Indian journal of veterinary science and animal husbandry - Volume 3,
Year: 1933
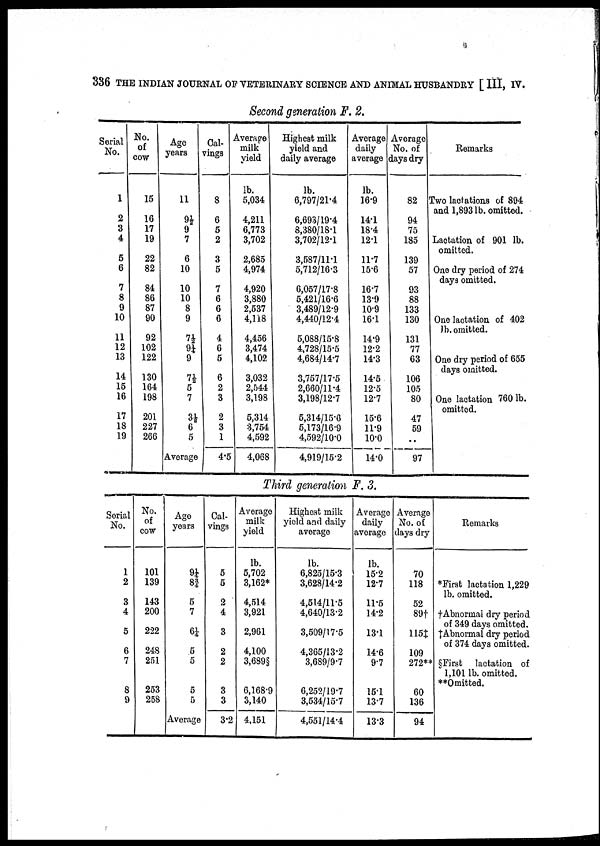
336 THE INDIAN JOURNAL OF VETERINARY SCIENCE AND ANIMAL HUSBANDRY [ III, IV.
Second generation F. 2.
Serial
No.
1
2
3
4
5
6
7
8
9
10
11
12
13
14
15
16
17
18
19
No.
of
cow
15
16
17
19
22
82
84
86
87
90
92
102
122
130
164
198
201
227
266
Age
years
11
9½
9
7
6
10
10
10
8
9
7½
9¼
9
7½ 5
7
3½
6
5
Average
Cal-
vings
8
6
5
2
3
5
7
6
6
6
4
6
5
6
2
3
2
3
1
4.5
Average
milk
yield
lb.
5,034
4,211
6,773
3,702
2,685
4,974
4,920
3,880
2,537
4,118
4,456
3,474
4,102
3,032
2,544
3,198
5,314
3,754
4,592
4,068
Highest milk
yield and
daily average
lb.
6,797/21.4
6,693/19.4
8,380/18.1
3,702/12.1
3,587/11.1
5,712/16.3
6,057/17.8
5,421/16.6
3,489/12.9
4,440/12.4
5,088/15.8
4,728/15.5
4,684/14.7
3,757/17.5
2,660/11.4
3,198/12.7
5,314/15.6
5,173/16.9
4,592/10.0
4,919/15.2
Average
daily
average
lb.
16.9
14.1
18.4
12.1
11.7
15.6
16.7
13.9
10.9
16.1
14.9
12.2
14.3
14.5
12.5
12.7
15.6
11.9
10.0
14.0
Average
No. of
days dry
82
94
75
185
139
57
93
88
133
130
131
77
63
106
105
80
47
59
..
97
Remarks
Two lactations of 894
and 1,893 lb. omitted.
Lactation of 901 lb.
omitted.
One dry period of 274
days omitted.
One lactation of 402
lb. omitted.
One dry period of 655
days omitted.
One lactation 760 lb.
omitted.
Third generation F. 3.
Serial
No.
1
2
3
4
5
6
7
8
9
No.
of
cow
101
139
143
200
222
248
251
253
258
Age
years
9¼ 8¾
5
7
6¼
5
5
5
5
Average
Cal-
vings
5
5
2
4
3
2
2
3
3
3.2
Average
milk
yield
lb.
5,702
3,162*
4,514
3,921
2,961
4,100
3,689§
6,168.9
3,140
4,151
Highest milk
yield and daily
average
lb.
6,825/15.3
3,628/14.2
4,514/11.5
4,640/13.2
3,509/17.5
4,365/13.2
3,689/9.7
6,252/19.7
3,534/15.7
4,551/14.4
Average
daily
average
lb.
15.2
12.7
11.5
14.2
13.1
14.6
9.7
15.1
13.7
13.3
Average
No. of
days dry
70
118
52
89†
115‡
109
272**
60
136
94
Remarks
*First lactation 1,229
lb. omitted.
† Abnormal dry period
of 349 days omitted.
‡Abnormal dry period
of 374 days omitted.
§ First lactation of
1,101 lb. omitted.
**Omitted.